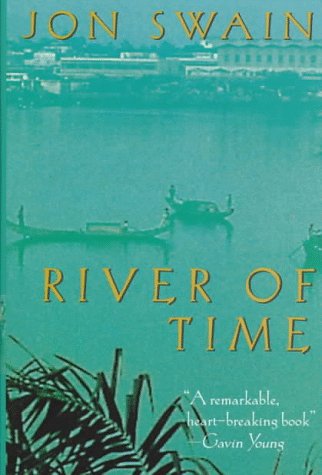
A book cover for River of Time: A Memoir of Vietnam; Jon Swain; Travel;